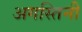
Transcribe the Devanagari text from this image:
अगस्तिनी